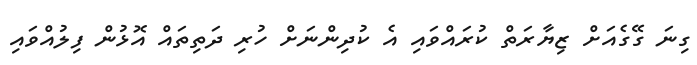
ގިނަ ގޭގެއަށް ޒިޔާރަތް ކުރައްވައި އެ ކުދިންނަށް ހުރި ދަތިތައް އޮޅުން ފިލުއްވައި